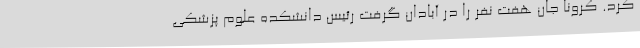
کرد. کرونا جان هفت نفر را در آبادان گرفت رئیس دانشکده علوم پزشکی